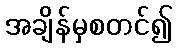
အချိန်မှစတင်၍